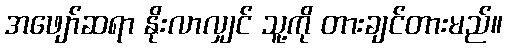
အဖျော်ဆရာ နိုးလာလျှင် သူ့ကို တားချင်တားမည်။